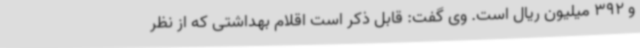
و 392 میلیون ریال است. وی گفت: قابل ذکر است اقلام بهداشتی که از نظر